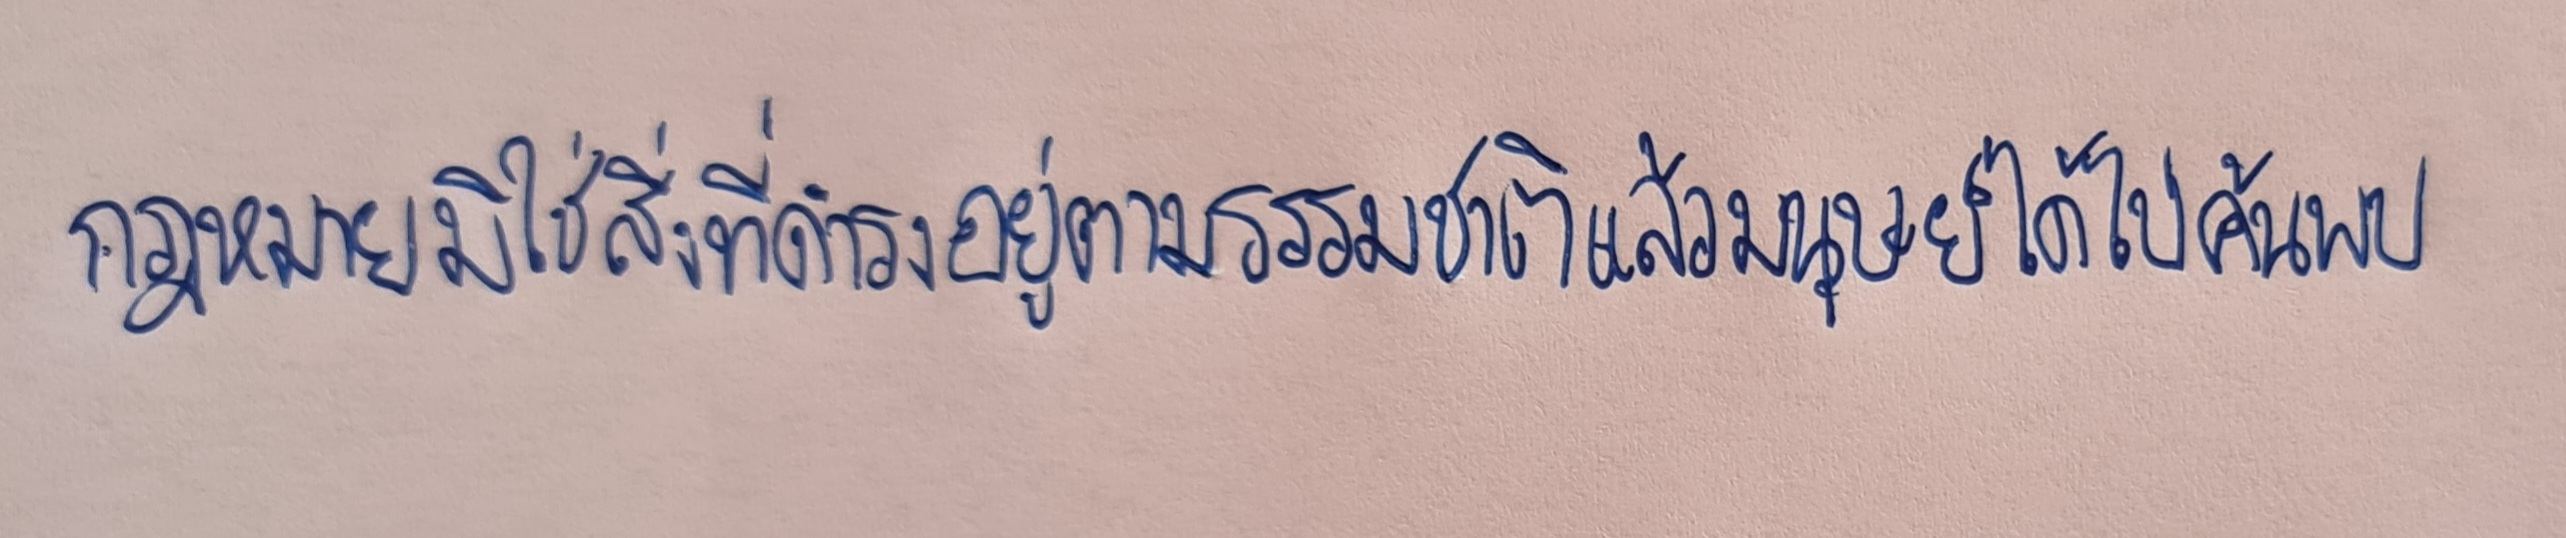
กฎหมายมิใช่สิ่งที่ดำรงอยู่ตามธรรมชาติแล้วมนุษย์ได้ไปค้นพบ